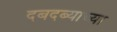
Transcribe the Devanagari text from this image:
दबदब्याच्या